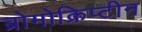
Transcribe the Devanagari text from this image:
ब्रोमोक्रिप्टीन